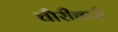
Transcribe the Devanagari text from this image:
चौरीबारी